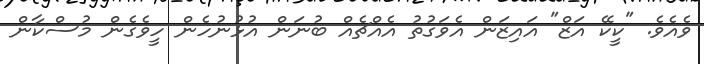
ވެއެވެ. "ކީކޭ އަޒް" އައިޒަން އެވަގުތު އެއްޗެއް ބުނަން އުޅުނުހެން ހީވެގެން މުސްކާން